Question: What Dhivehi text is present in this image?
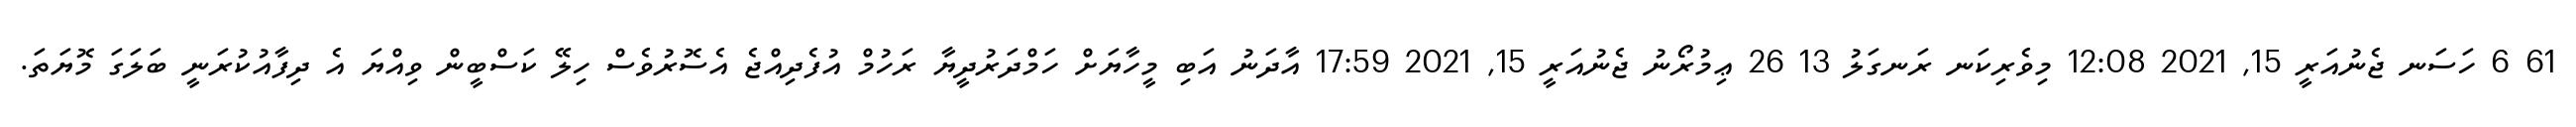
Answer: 61 6 ހަސަނ ޖެނުއަރީ 15, 2021 12:08 މިވެރިކަނ ރަނގަލު 13 26 ޢިމުރޯނު ޖެނުއަރީ 15, 2021 17:59 އާދަނު އަބި މީހާޔަށް ހަމްދަރުދީޔާ ރަހުމް އުފެދިއްޖެ އެސޮރުވެސް ހިލޭ ކަސްބީން ވިއްޔަ އެ ދިފާއުކުރަނީ ބަލަގަ މޮޔަތަ.